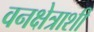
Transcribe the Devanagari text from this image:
वनक्षेत्राशी